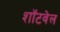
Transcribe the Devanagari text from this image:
शॉटवेल